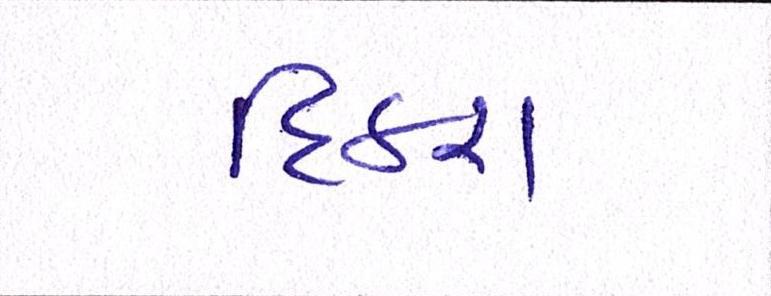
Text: દિકરા